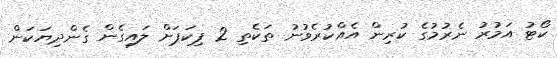
ކޯޓު އަމުރު ނެރުމުގެ ކުރިން އެއްކުރެވުނު ތަކެތި 2 ޕިކަޕަށް ލައިގެން ގެންދިޔަކަން